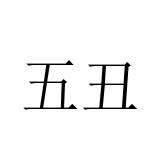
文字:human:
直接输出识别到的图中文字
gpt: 五丑